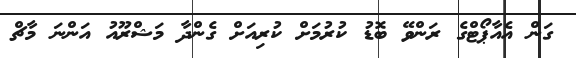
ގަން އެއާޕޯޓްގެ ރަންވޭ ބޮޑު ކުރުމަށް ކުރިއަށް ގެންދާ މަޝްރޫއު އަންނަ މާޗް